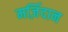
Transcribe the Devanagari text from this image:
मर्ज़िदान